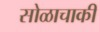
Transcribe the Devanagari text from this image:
सोळाचाकी